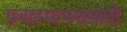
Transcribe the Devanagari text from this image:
प्रवाहमापनासाठी